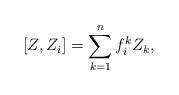
LaTeX: \begin{align*}[Z,Z_i]=\sum_{k=1}^nf_i^kZ_k,\end{align*}